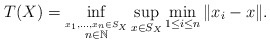
\begin{align*}T(X) = \inf_{\overset{x_1,\ldots,x_n \in S_X}{n \in \mathbb{N}}}\sup_{x \in S_X} \min_{1 \le i \le n} \|x_i - x \|.\end{align*}